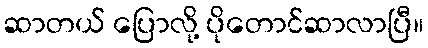
ဆာတယ် ပြောလို့ ပိုတောင်ဆာလာပြီ။